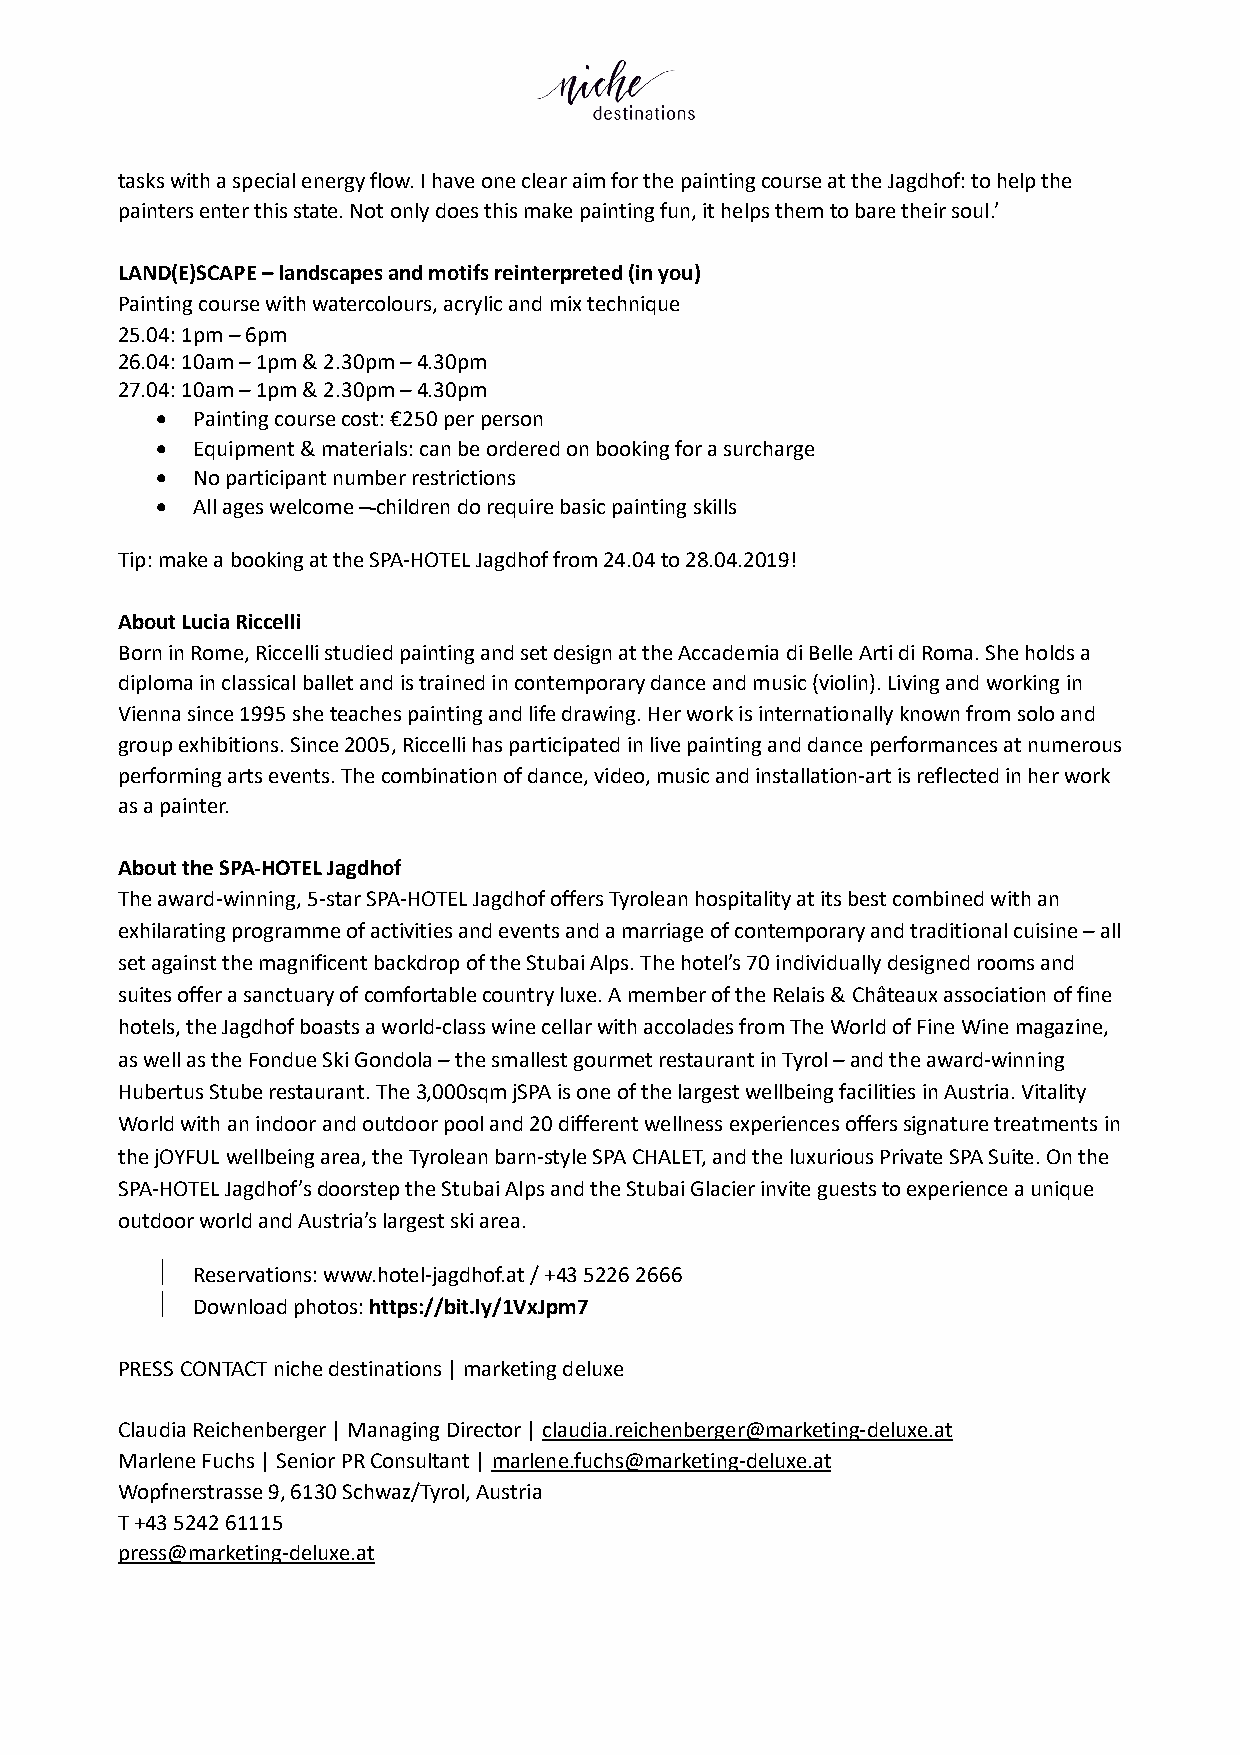
tasks with a special energy flow. I have one clear aim for the painting course at the Jagdhof: to help the
 painters enter this state. Not only does this make painting fun, it helps them to bare their soul.’
 LAND(E)SCAPE – landscapes and motifs reinterpreted (in you)
 Painting course with watercolours, acrylic and mix technique
 25.04: 1pm – 6pm
 26.04: 10am – 1pm & 2.30pm – 4.30pm
 27.04: 10am – 1pm & 2.30pm – 4.30pm
 •  Painting course cost: €250 per person
 •  Equipment & materials: can be ordered on booking for a surcharge
 •  No participant number restrictions
 •  All ages welcome – children do require basic painting skills
 Tip: make a booking at the SPA-HOTEL Jagdhof from 24.04 to 28.04.2019!
 About Lucia Riccelli
 Born in Rome, Riccelli studied painting and set design at the Accademia di Belle Arti di Roma. She holds a
 diploma in classical ballet and is trained in contemporary dance and music (violin). Living and working in
 Vienna since 1995 she teaches painting and life drawing. Her work is internationally known from solo and
 group exhibitions. Since 2005, Riccelli has participated in live painting and dance performances at numerous
 performing arts events. The combination of dance, video, music and installation-art is reflected in her work
 as a painter.
 About the SPA-HOTEL Jagdhof
 The award-winning, 5-star SPA-HOTEL Jagdhof offers Tyrolean hospitality at its best combined with an
 exhilarating programme of activities and events and a marriage of contemporary and traditional cuisine – all
 set against the magnificent backdrop of the Stubai Alps. The hotel’s 70 individually designed rooms and
 suites offer a sanctuary of comfortable country luxe. A member of the Relais & Châteaux association of fine
 hotels, the Jagdhof boasts a world-class wine cellar with accolades from The World of Fine Wine magazine,
 as well as the Fondue Ski Gondola – the smallest gourmet restaurant in Tyrol – and the award-winning
 Hubertus Stube restaurant. The 3,000sqm jSPA is one of the largest wellbeing facilities in Austria. Vitality
 World with an indoor and outdoor pool and 20 different wellness experiences offers signature treatments in
 the jOYFUL wellbeing area, the Tyrolean barn-style SPA CHALET, and the luxurious Private SPA Suite. On the
 SPA-HOTEL Jagdhof’s doorstep the Stubai Alps and the Stubai Glacier invite guests to experience a unique
 outdoor world and Austria’s largest ski area.
 ½  Reservations: www.hotel-jagdhof.at / +43 5226 2666
 ½  Download photos: https://bit.ly/1VxJpm7
 PRESS CONTACT niche destinations | marketing deluxe
 Claudia Reichenberger | Managing Director | claudia.reichenberger@marketing-deluxe.at
 Marlene Fuchs | Senior PR Consultant | marlene.fuchs@marketing-deluxe.at
 Wopfnerstrasse 9, 6130 Schwaz/Tyrol, Austria
 T +43 5242 61115
 press@marketing-deluxe.at